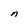
Character: n